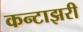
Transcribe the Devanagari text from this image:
कन्टाझरी